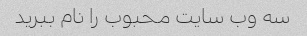
سه وب سایت محبوب را نام ببرید